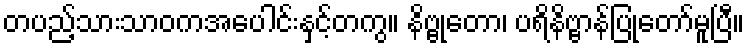
တပည့်သားသာဝကအပေါင်းနှင့်တကွ။ နိဗ္ဗုတော၊ ပရိနိဗ္ဗာန်ပြုတော်မူပြီ။